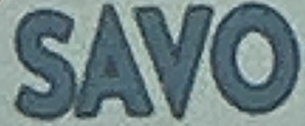
SAVO